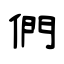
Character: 們